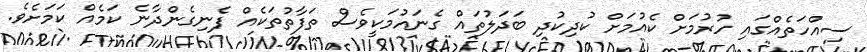
ސިއްހަތެއްގައި ހުރުމަށް ކެއުމަށް ކުދިކުދި ބަދަލުތައް ގެނައުމަކީވެސް ތަފާތުތަކެއް ފެނިގެންދާނެ ކަމެއް ކަމަށެވެ.